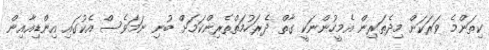
ކިތަންމެ ވަރަކަށް މިދެތަރިން އެމީހުންނަކީ ގާތް ދެރަހުމަތްތެރިންކަމަށް ބުނި ނަމަވެސް އެކުގައި އިންޑިއާއިން